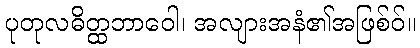
ပုတုလဓိတ္ထဘာဝေါ၊ အလျားအနံ၏အဖြစ်ဝ်။